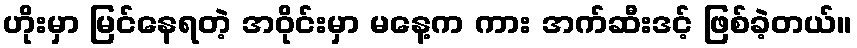
ဟိုးမှာ မြင်နေရတဲ့ အဝိုင်းမှာ မနေ့က ကား အက်ဆီးဒင့် ဖြစ်ခဲ့တယ်။